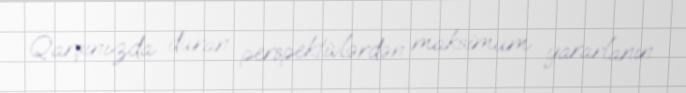
Qarşınızda duran perspektivlərdən maksimum yararlanın.